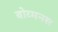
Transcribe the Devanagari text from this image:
बोव्मनस